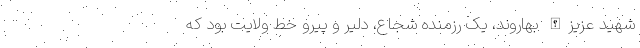
شهید عزیزالله بهاروند، یک رزمنده شجاع، دلیر و پیرو خط ولایت بود که